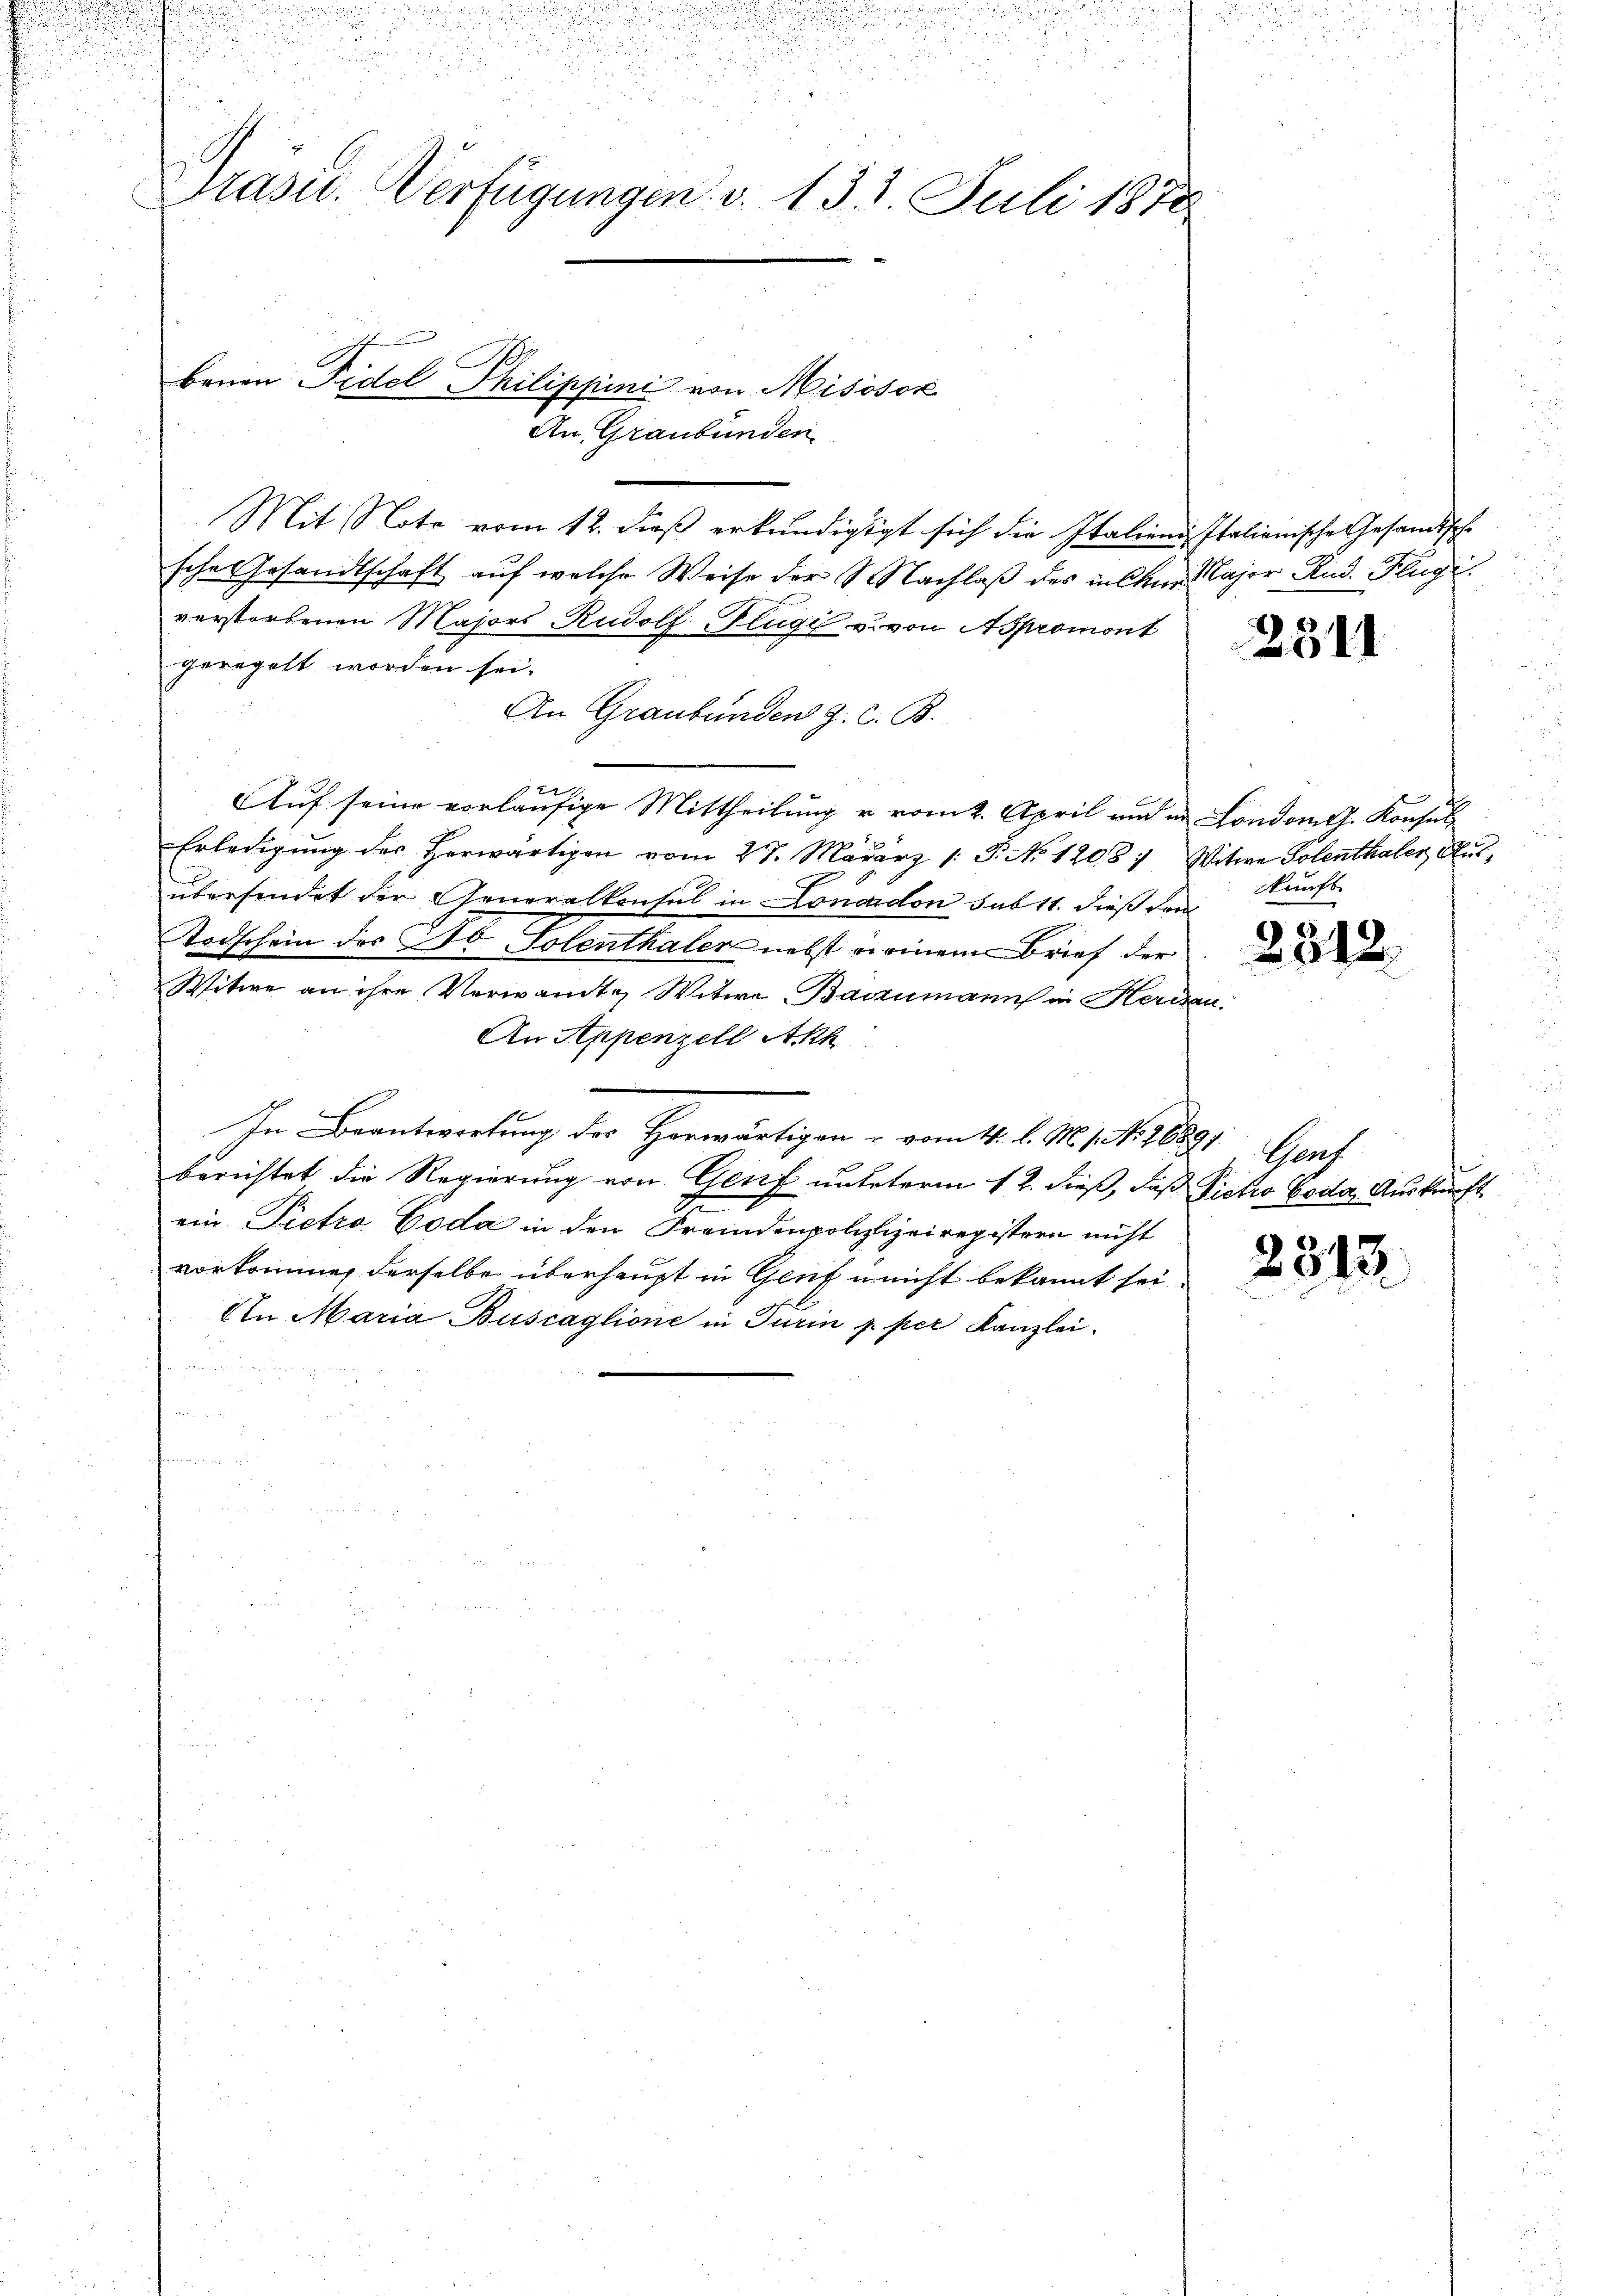
.

d
n

.
u

t
u

u

2

Für
Pasu. Verfügungen. v. 131. Juli 1870

d

benen Fidel Philippini von Misosor
An Graubünden

Mit Note vom 12. dieß erkundigtgt sich die Italienis Italienische Gesandtsche
sche Gesandtschaft auf welche Weise der Nachlaß des insen Major And. Flugi
verstorbenen Majors Rudolf Flügi u. von Aspromont
geregelt worden sei.
An Graubünden Z. Z. B.
2
Auf seine vorläufige Mittheilung u. vom 2. April und in Londomet. Konsul
Erledigung des Herwärtigen vom 27. März 1. P. No 1208) Witwe Polenthaler Ausüberfindet der Generalkonsul in Lonardon sub 11. dieß den
Todschein des No Polenthaler nebst seinem Brief der
Witwe an ihre Verwandte Witwe Bannmanns in Herden.
An Appenzell Akk
In Beantwortung des Horwärtigen - vom 4. l. M. /. M. 18891 Genf
berichtet die Regierung von Genf unteterm 12. dieß, daß Picko Goda Auskunft
ein Pietro Coda in den Freundenpolizlizeiregistern nicht
vorkommen derselbe überhaupt in Gent u nicht bekannt sei
In Maria Buscaglione in Turin p. per Kanzlei.

egung

231

Nunft

2312.

2813.